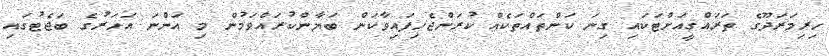
ހިރިމަރަދޫގެ ތަރައްޤީއަށްޓަކައި ގިނަ ކަންތައްތަކެއް ކުރަންޖެހިފައިވާކަން ބަޔާންކުރައްވަމުން މި އަންނަ އަހަރުގެ ބަޖެޓުގައި